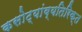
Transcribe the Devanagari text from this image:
कसोट्यांव्यतिरिक्त